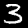
Digit: 3